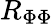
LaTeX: R_{\Phi\Phi}